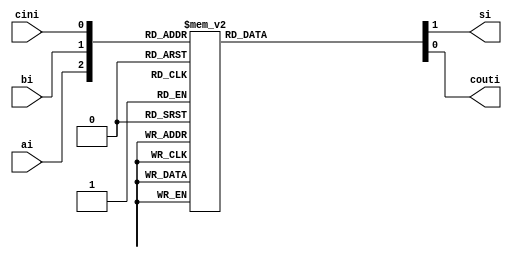
// This program was cloned from: https://github.com/rolo-g/TRISC-Processor
// License: MIT License

//Rolando Rosales 1001850424 - Full Adder
module fulladder (
	input ai, bi, cini,
	output reg si, couti);
		always @ (ai,bi,cini)
			case ({ai,bi,cini})
				3'b000: begin couti = 1'b0; si = 1'b0; end
				3'b001: begin couti = 1'b0; si = 1'b1; end
				3'b010: begin couti = 1'b0; si = 1'b1; end
				3'b011: begin couti = 1'b1; si = 1'b0; end
				3'b100: begin couti = 1'b0; si = 1'b1; end
				3'b101: begin couti = 1'b1; si = 1'b0; end
				3'b110: begin couti = 1'b1; si = 1'b0; end
				3'b111: begin couti = 1'b1; si = 1'b1; end
			endcase
endmodule